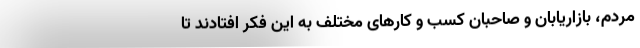
مردم، بازاریابان و صاحبان کسب و کارهای مختلف به این فکر افتادند تا